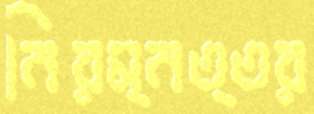
নিরম্নত্তর